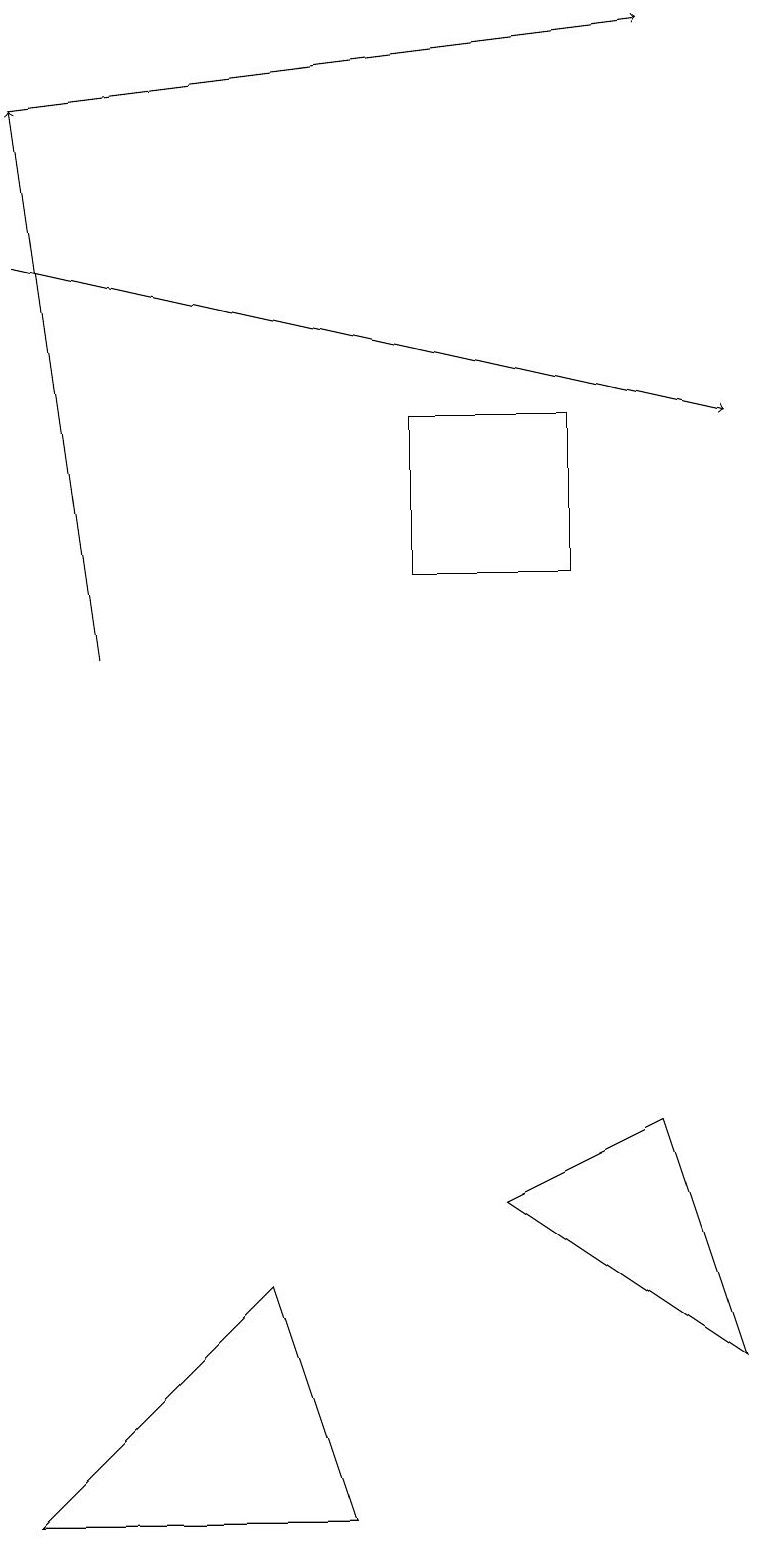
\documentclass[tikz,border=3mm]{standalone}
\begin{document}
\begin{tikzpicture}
\draw[->] (0,18) -- (8,19);
\draw[->] (1,11) -- (0,18);
\draw (6,4) -- (8,5) -- (9,2) -- cycle;
\draw (5,12) rectangle (7,14);
\draw (0,0) -- (4,0) -- (3,3) -- cycle;
\draw[->] (0,16) -- (9,14);
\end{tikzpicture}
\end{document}